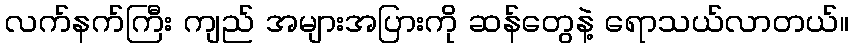
လက်နက်ကြီး ကျည် အများအပြားကို ဆန်တွေနဲ့ ရောသယ်လာတယ်။